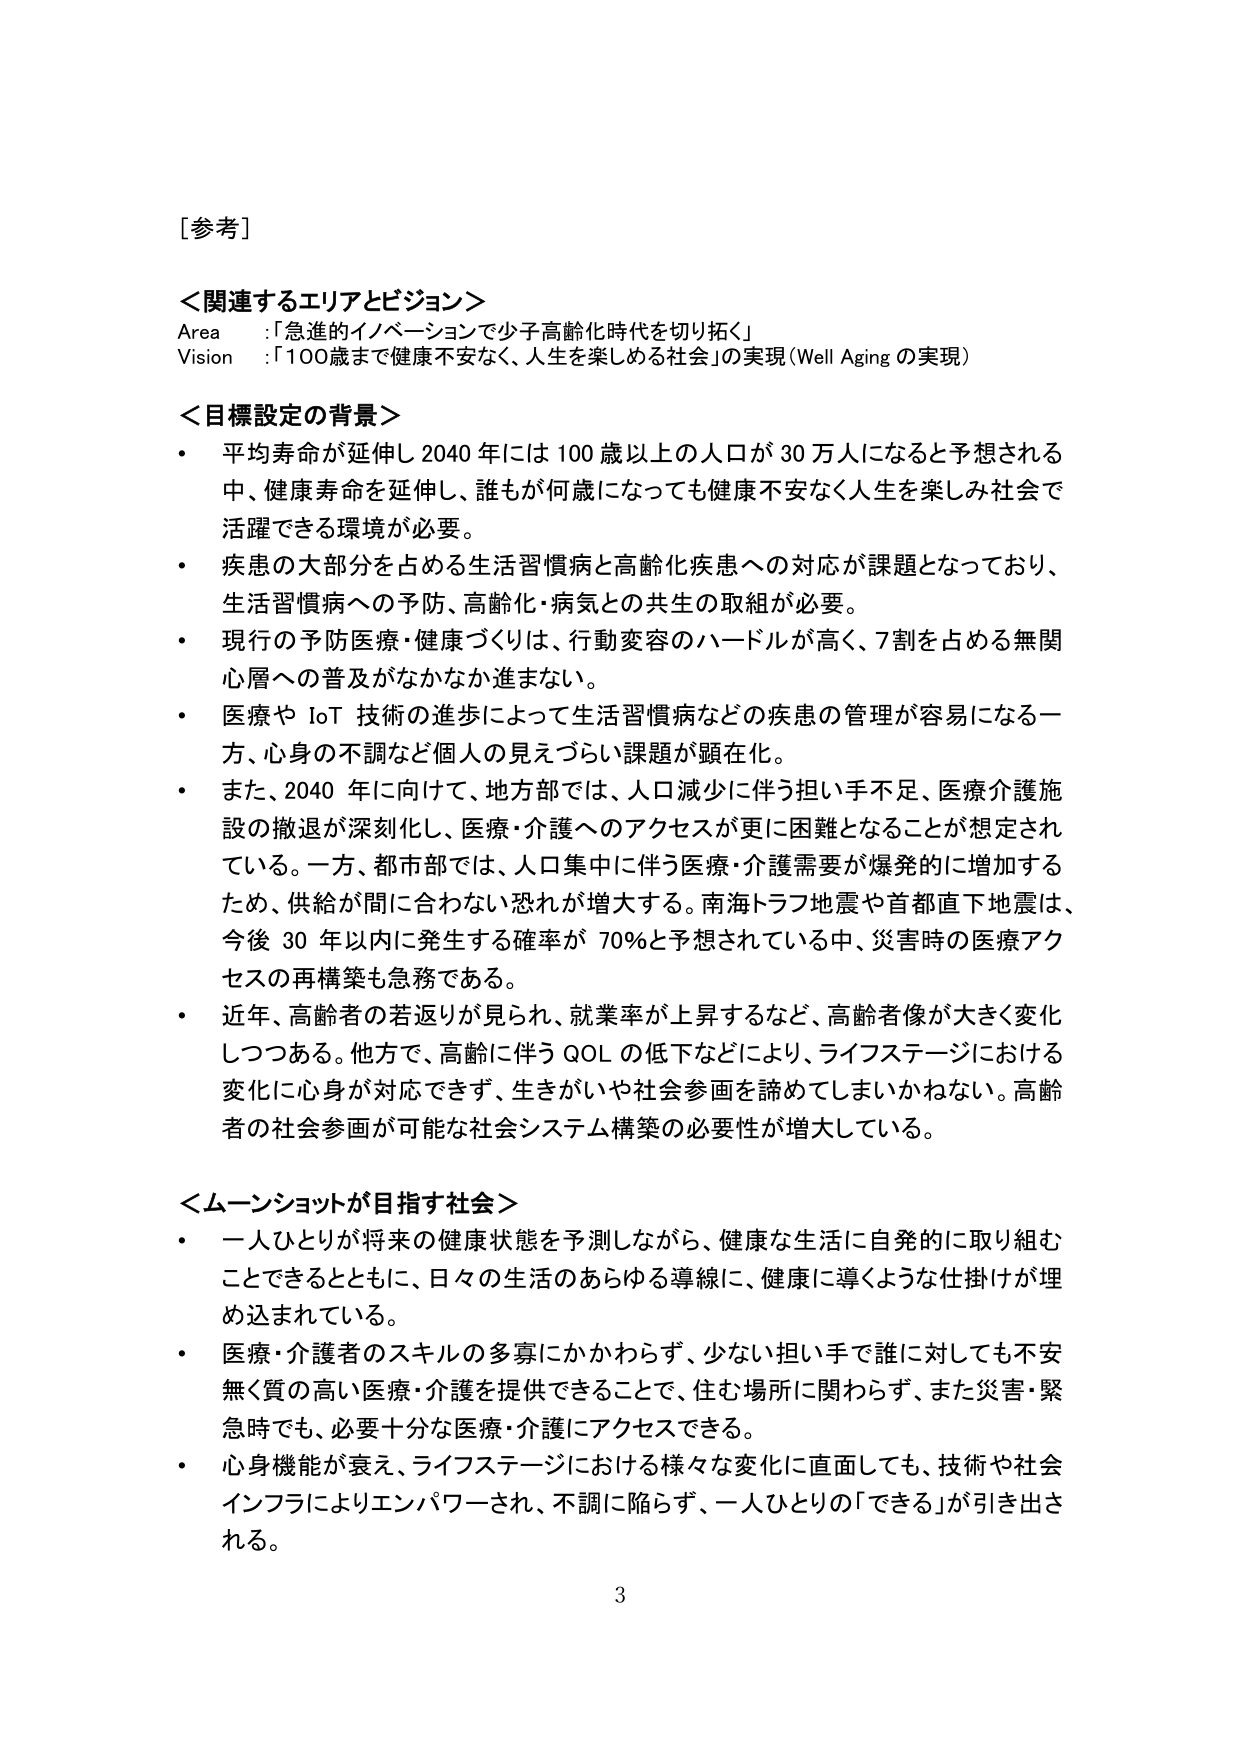
［参考］

＜関連するエリアとビジョン＞
Area ：「急進的イノベーションで少子高齢化時代を切り拓く」
Vision ：「100歳まで健康不安なく、人生を楽しめる社会」の実現（Well Aging の実現）

＜目標設定の背景＞
・ 平均寿命が延伸し 2040 年には 100 歳以上の人口が 30 万人になると予想される中、健康寿命を延伸し、誰もが何歳になっても健康不安なく人生を楽しみ社会で活躍できる環境が必要。
・ 疾患の大部分を占める生活習慣病と高齢化疾患への対応が課題となっており、生活習慣病への予防、高齢化・病気との共生の取組が必要。
・ 現行の予防医療・健康づくりは、行動変容のハードルが高く、7割を占める無関心層への普及がなかなか進まない。
・ 医療や IoT 技術の進歩によって生活習慣病などの疾患の管理が容易になる一方、心身の不調など個人の見えづらい課題が顕在化。
・ また、2040 年に向けて、地方部では、人口減少に伴う担い手不足、医療介護施設の撤退が深刻化し、医療・介護へのアクセスが更に困難となることが想定されている。一方、都市部では、人口集中に伴う医療・介護需要が爆発的に増加するため、供給が間に合わない恐れが増大する。南海トラフ地震や首都直下地震は、今後 30 年以内に発生する確率が 70％と予想されている中、災害時の医療アクセスの再構築も急務である。
・ 近年、高齢者の若返りが見られ、就業率が上昇するなど、高齢者像が大きく変化しつつある。他方で、高齢に伴う QOL の低下などにより、ライフステージにおける変化に心身が対応できず、生きがいや社会参画を諦めてしまいかねない。高齢者の社会参画が可能な社会システム構築の必要性が増大している。

＜ムーンショットが目指す社会＞
・ 一人ひとりが将来の健康状態を予測しながら、健康な生活に自発的に取り組むことできるとともに、日々の生活のあらゆる導線に、健康に導くような仕掛けが埋め込まれている。
・ 医療・介護者のスキルの多寡にかかわらず、少ない担い手で誰に対しても不安無く質の高い医療・介護を提供できることで、住む場所に関わらず、また災害・緊急時でも、必要十分な医療・介護にアクセスできる。
・ 心身機能が衰え、ライフステージにおける様々な変化に直面しても、技術や社会インフラによりエンパワーサれ、不調に陥らず、一人ひとりの「できる」が引き出される。

3